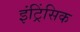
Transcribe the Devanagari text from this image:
इंट्रिंसिक